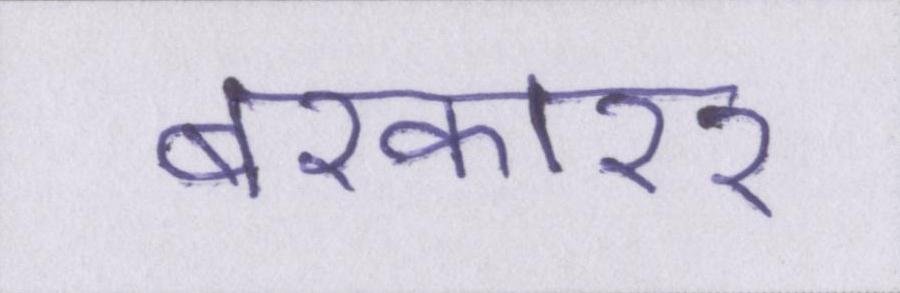
बरकारर